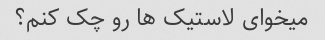
میخوای لاستیک ها رو چک کنم؟